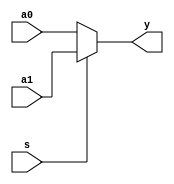
/************************************************
  The Verilog HDL code example is from the book
  Computer Principles and Design in Verilog HDL
  by Yamin Li, published by A JOHN WILEY & SONS
************************************************/
module mux2x5 (a0,a1,s,y);
    input  [4:0] a0,a1;
    input        s;
    output [4:0] y;
    assign y = s? a1 : a0;
endmodule